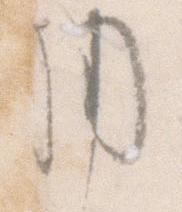
用